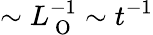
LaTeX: \sim L_{\mathrm{~O~}}^{-1}\sim t^{-1}